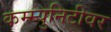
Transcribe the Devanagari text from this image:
कम्म्युनिटीवर